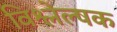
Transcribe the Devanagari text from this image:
विश्लेल्षक